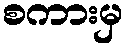
စကားမှ